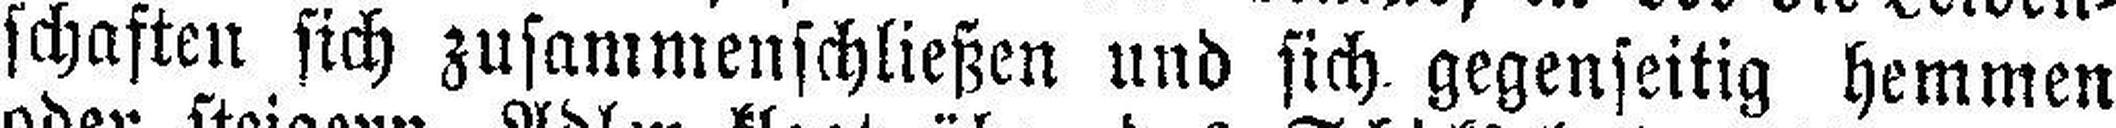
schaften sich zusammenschließen und sich, gegenseitig hemmen